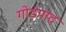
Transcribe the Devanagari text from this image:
गोड़पाद